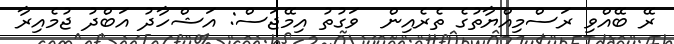
ރޭ ބޭއްވި ރަސްމިއްޔާތުގެ ތެރެއިން  ވަގުތު އިމޭޖަސް: އަޝްހާދު އަބްދު ޖުމެއިރާ